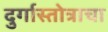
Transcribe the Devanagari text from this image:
दुर्गास्तोत्राचा